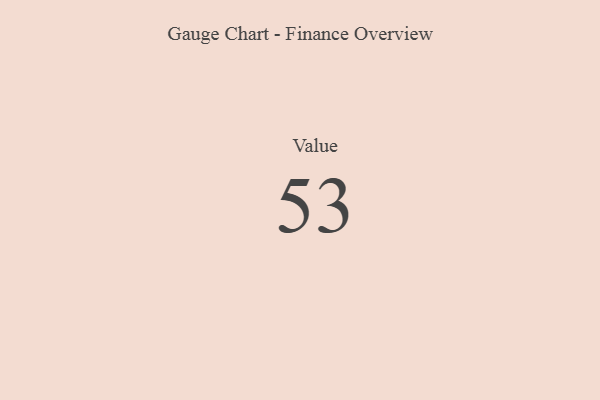
{"axis": {"x": "Metric", "y": "Value"}, "legend": [""], "data": [{"x": "Value", "y": 53, "type": ""}]}